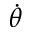
\dot { \theta }